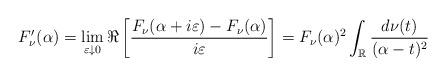
LaTeX: \begin{align*}F_{\nu}^{\prime}(\alpha)=\lim_{\varepsilon\downarrow0}\Re\left[\frac{F_{\nu}(\alpha+i\varepsilon)-F_{\nu}(\alpha)}{i\varepsilon}\right]=F_{\nu}(\alpha)^{2}\int_{\mathbb{R}}\frac{d\nu(t)}{(\alpha-t)^{2}}\end{align*}